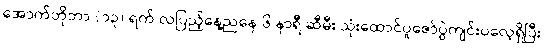
အောက်တိုဘာ (၁၃) ရက် လပြည့်နေ့ညနေ ၆ နာရီ ဆီမီး သုံးထောင်ပူဇော်ပွဲကျင်းပလေ့ရှိပြီး